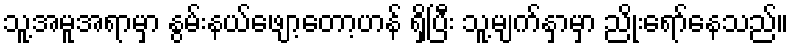
သူ့အမူအရာမှာ နွမ်းနယ်ဖျော့တော့ဟန် ရှိပြီး သူ့မျက်နှာမှာ ညိုးရော်နေသည်။